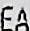
EA